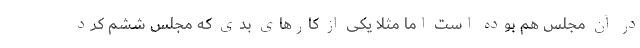
در آن مجلس هم بوده است اما مثلا یکی از کارهای بدی که مجلس ششم کرد